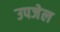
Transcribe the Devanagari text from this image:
उपजेल